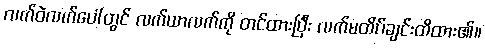
လက်ဝဲလက်ပေါ်တွင် လက်ယာလက်ကို တင်ထားပြီး လက်မထိပ်ချင်းထိထား၏။